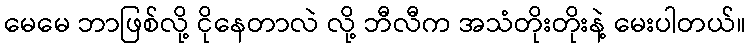
မေမေ ဘာဖြစ်လို့ ငိုနေတာလဲ လို့ ဘီလီက အသံတိုးတိုးနဲ့ မေးပါတယ်။